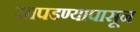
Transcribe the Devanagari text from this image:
सापडण्यापासून